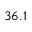
3 6 . 1